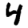
Digit: 4